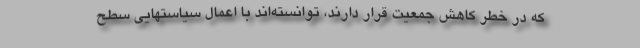
که در خطر کاهش جمعیت قرار دارند، توانسته‌اند با اعمال سیاستهایی سطح